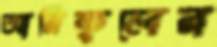
আরিফুলের